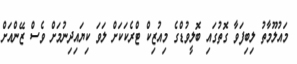
މައުލޫމާތު ލިބިފަވާ ގޮތުގައި ބޮލީވުޑްގެ މިއުޒިކް ޓްރެކަކަށް ލަވަ ކިޔައިދިނުމަށް ވެސް ޒޭންއަށް